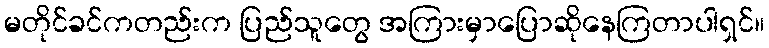
မတိုင်ခင်ကတည်းက ပြည်သူတွေ အကြားမှာပြောဆိုနေကြတာပါရှင်။